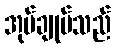
အုပ်ချုပ်သည်